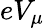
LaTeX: eV_{\mu}